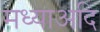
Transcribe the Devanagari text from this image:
मध्याअदि